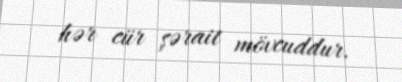
hər cür şərait mövcuddur.